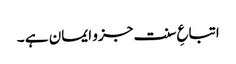
اتباعِ سنت جزو ایمان ہے ۔